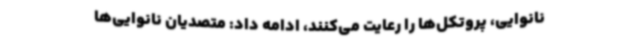
نانوایی، پروتکل‌ها را رعایت می‌کنند، ادامه داد: متصدیان نانوایی‌ها